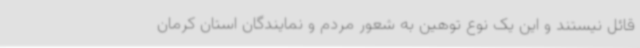
قائل نیستند و این یک نوع توهین به شعور مردم و نمایندگان استان کرمان